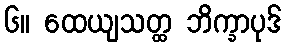
၆။ ထေယျသတ္ထ ဘိက္ခာပုဒ်